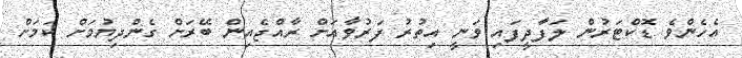
އެހެންވެ ޑޮކްޓަރުން ލަފާދީފައި ވަނީ އިތުރު ފަރުވާއަށް ރާއްޖެއިން ބޭރަށް ގެންދިޔުމަށް ކަމަށް